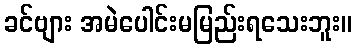
ခင်ဗျား အမဲပေါင်းမမြည်းရသေးဘူး။